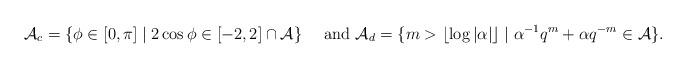
LaTeX: \begin{align*} \mathcal{A}_{c}=\{\phi\in[0,\pi] \mid 2\cos\phi\in[-2,2]\cap\mathcal{A}\} \quad\mbox{ and } \mathcal{A}_{d}=\{m>\lfloor\log|\alpha|\rfloor \mid \alpha^{-1}q^{m}+\alpha q^{-m}\in\mathcal{A}\}. \end{align*}